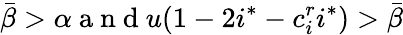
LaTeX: \bar{\beta}>\alpha\mathrm{~a~n~d~}u(1-2i^{*}-c_{i}^{r}i^{*})>\bar{\beta}